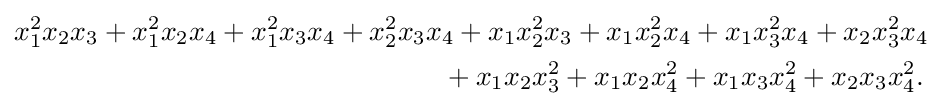
{\begin{aligned}x_{1}^{2}x_{2}x_{3}+x_{1}^{2}x_{2}x_{4}+x_{1}^{2}x_{3}x_{4}+x_{2}^{2}x_{3}x_{4}+x_{1}x_{2}^{2}x_{3}+x_{1}x_{2}^{2}x_{4}+x_{1}x_{3}^{2}x_{4}+x_{2}x_{3}^{2}x_{4}\\{}+x_{1}x_{2}x_{3}^{2}+x_{1}x_{2}x_{4}^{2}+x_{1}x_{3}x_{4}^{2}+x_{2}x_{3}x_{4}^{2}.\,\end{aligned}}